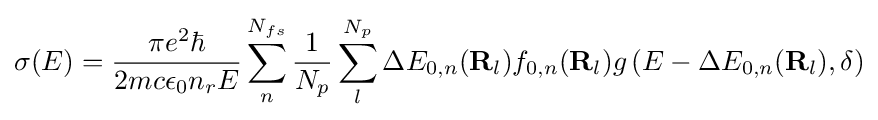
\sigma (E)={\frac {\pi e^{2}\hbar }{2mc\epsilon _{0}n_{r}E}}\sum _{n}^{N_{fs}}{\frac {1}{N_{p}}}\sum _{l}^{N_{p}}\Delta E_{0,n}(\mathbf {R} _{l})f_{0,n}(\mathbf {R} _{l})g\left(E-\Delta E_{0,n}(\mathbf {R} _{l}),\delta \right)